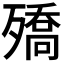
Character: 𭮡